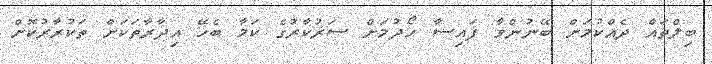
ބިލްތައް ދެއްކުމަށް ބޭނުންވާ ފައިސާ ހޯދުމަށް ސަރުކާރުގެ ކަމާ ބެހޭ އިދާރާތަކަށް ތަކުރާރުކޮށް